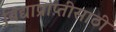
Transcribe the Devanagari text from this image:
विद्याप्राप्तीसाठी